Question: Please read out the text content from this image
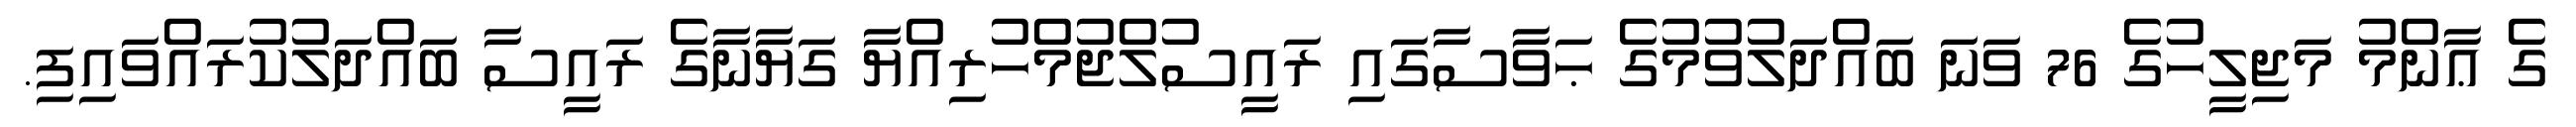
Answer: ގެ ޢާންމު މަޖިލީހުގެ 76 ވަނަ ބައްދަލުވުމުގެ ޙަވާސާގައި ރައީސުލްޖުމްހުރިއްޔާ ގަޔާނާގެ ރައީސާ ބައްދަލުކުރައްވައިފި.